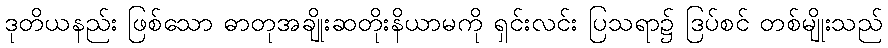
ဒုတိယနည်း ဖြစ်သော ဓာတုအချိုးဆတိုးနိယာမကို ရှင်းလင်း ပြသရာ၌ ဒြပ်စင် တစ်မျိုးသည်